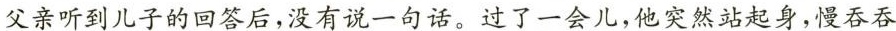
父亲听到儿子的回答后，没有说一句话。过了一会儿，他突然站起身，慢吞吞